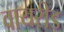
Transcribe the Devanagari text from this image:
वायरीड